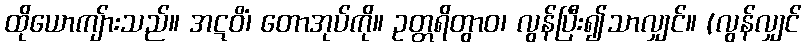
ထိုယောကျ်ားသည်။ အဋဝိံ၊ တောအုပ်ကို။ ဥတ္တရိတွာဝ၊ လွန်ပြီး၍သာလျှင်။ (လွန်လျှင်